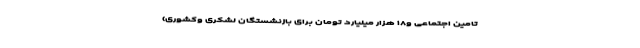
تامین اجتماعی و۱۸ هزار میلیارد تومان برای بازنشستگان لشکری وکشوری)